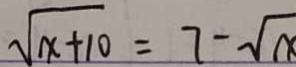
\sqrt { x + 1 0 } = 7 - \sqrt { x }